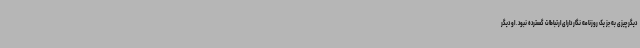
دیگر چیزی به جز یک روزنامه نگار دارای ارتباطات گسترده نبود. او دیگر